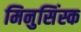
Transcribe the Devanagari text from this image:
मिनुसिंस्क